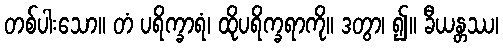
တစ်ပါးသော။ တံ ပရိက္ခာရံ၊ ထိုပရိက္ခရာကို။ ဒတွာ၊ ၍။ ခီယန္တဿ၊